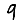
Digit: 9